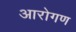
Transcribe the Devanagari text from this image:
आरोगण